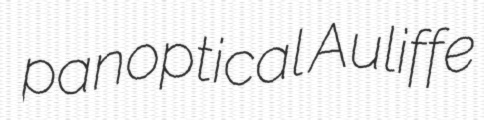
panoptical Auliffe